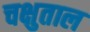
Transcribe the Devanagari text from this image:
चक्षुताल